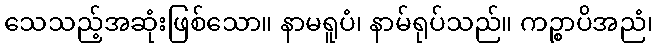
သေသည့်အဆုံးဖြစ်သော။ နာမရူပံ၊ နာမ်ရုပ်သည်။ ကဉ္စာပိအညံ၊